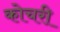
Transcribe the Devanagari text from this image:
कोचरी